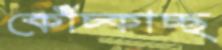
কোঁচ্‌কাচ্ছ